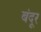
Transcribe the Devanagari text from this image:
बंदूर